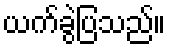
ယက်ခွဲပြသည်။